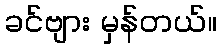
ခင်ဗျား မှန်တယ်။